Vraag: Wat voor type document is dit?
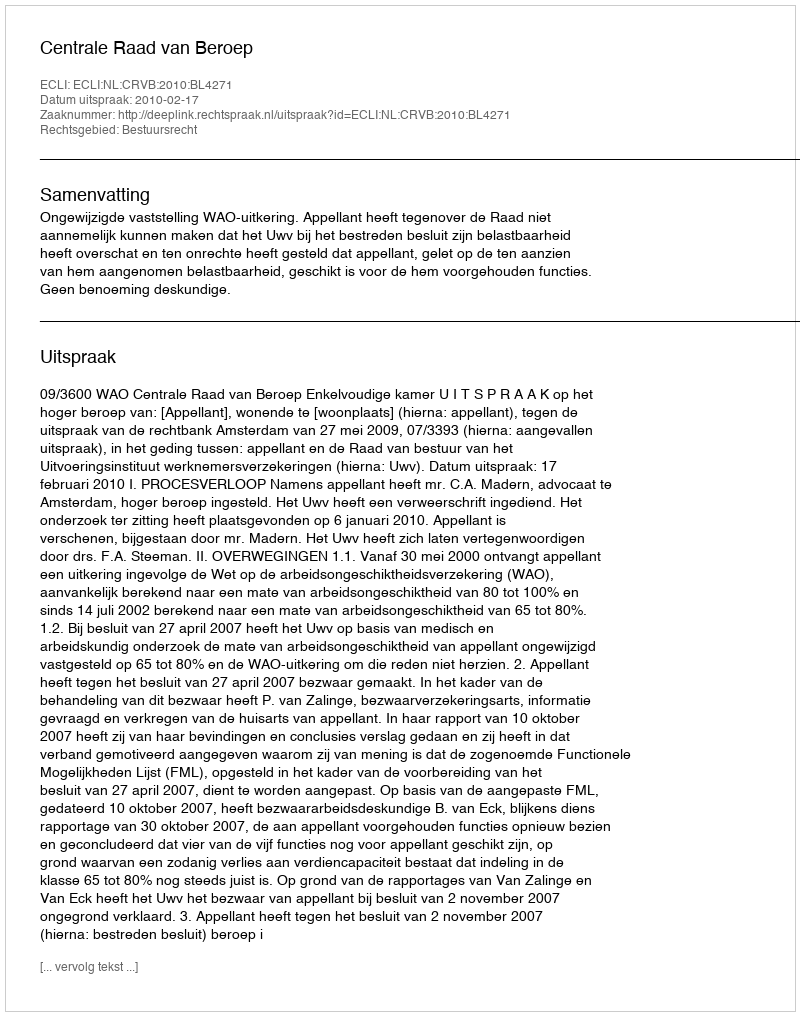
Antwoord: Uitspraak